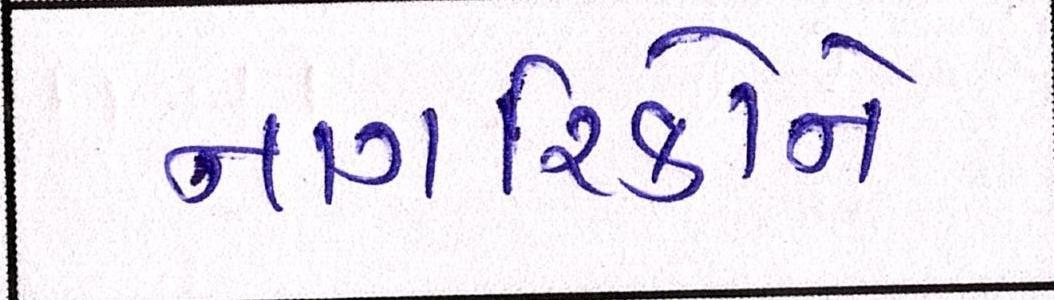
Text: નાગરિકોને